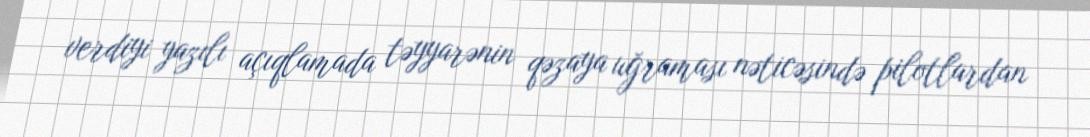
verdiyi yazılı açıqlamada təyyarənin qəzaya uğraması nəticəsində pilotlardan